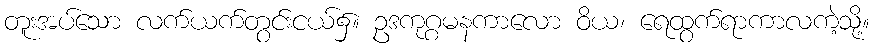
တူးအပ်သော လက်ယက်တွင်းငယ်၌။ ဥဒကုဂ္ဂမနကာလော ဝိယ၊ ရေထွက်ရာကာလကဲ့သို့။